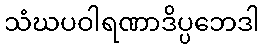
သံဃပဝါရဏာဒိပ္ပဘေဒါ